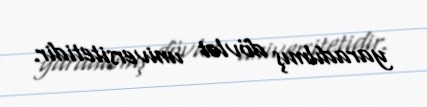
yaradılmış dövlət universitetidir.